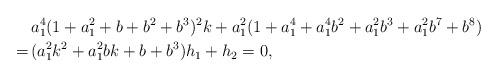
LaTeX: \begin{align*}&a_1^4(1+a_1^2+b+b^2+b^3)^2k+a_1^2(1+a_1^4+a_1^4b^2+a_1^2b^3+a_1^2b^7+b^8)\\=\,&(a_1^2k^2+a_1^2bk+b+b^3)h_1+h_2=0, \end{align*}